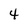
Character: 4